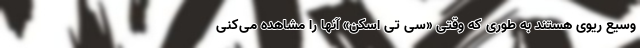
وسیع ریوی هستند به طوری که وقتی «سی تی اسکن» آنها را مشاهده می‌کنی